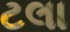
ટલા